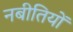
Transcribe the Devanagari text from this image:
नबीतियों